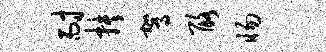
耐抉驾酪惕